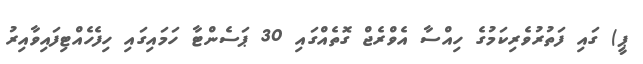
ޕީ) ގައި ފަތުރުވެރިކަމުގެ ހިއްސާ އެވްރެޖް ގޮތެއްގައި 30 ޕަސެންޓާ ހަމައިގައި ހިފެހެއްޓިފައިވާއިރު